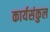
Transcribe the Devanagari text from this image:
कार्यसंकुल